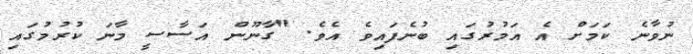
ނުވާނެ ކަމަށް އެ އަމުރުގައި ބުނެފައިވެ އެވެ. "ގާނޫން އަސާސީ މާނަ ކުރުމުގައި